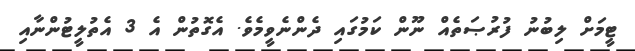
ޓީމަށް ލިބުނު ފުރުޞަތެއް ނޫން ކަމުގައި ދެންނެވީމެވެ. އެގޮތުން އެ 3 އެތުލީޓުންނާއި